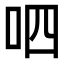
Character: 呬